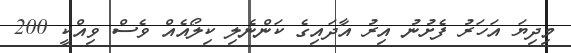
މިދިޔަ އަހަރު ފެށުނު އިރު އާދައިގެ ކަންނެލި ކިލޯއެއް ވެސް ވިއްކީ 200